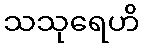
သသုရေဟိ